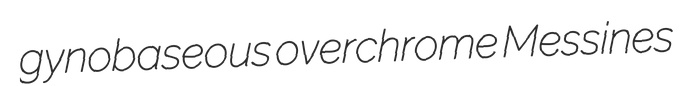
gynobaseous overchrome Messines